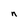
Character: n